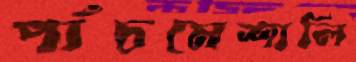
পাঁচমেশালি